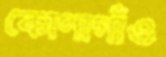
কোণাগাঁও